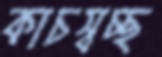
কাচস্বচ্ছ